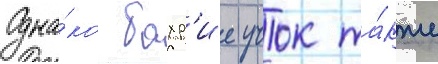
Одна́ко бахр'ие учок та́кже